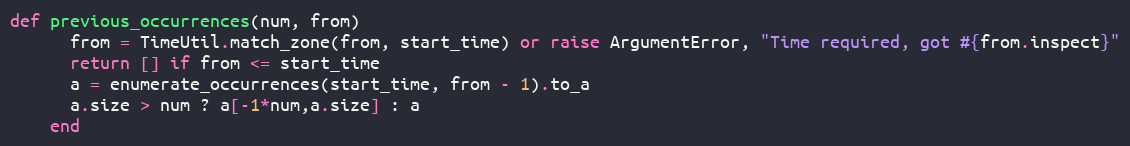
Language: Ruby
def previous_occurrences(num, from)
      from = TimeUtil.match_zone(from, start_time) or raise ArgumentError, "Time required, got #{from.inspect}"
      return [] if from <= start_time
      a = enumerate_occurrences(start_time, from - 1).to_a
      a.size > num ? a[-1*num,a.size] : a
    end